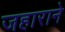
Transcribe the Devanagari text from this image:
जहाराने